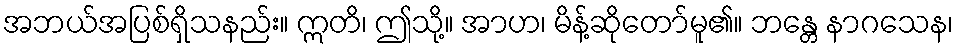
အဘယ်အပြစ်ရှိသနည်း။ ဣတိ၊ ဤသို့။ အာဟ၊ မိန့်ဆိုတော်မူ၏။ ဘန္တေ နာဂသေန၊